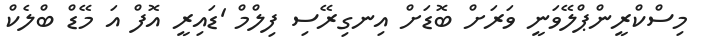
މިސްކްރީންޕްލޭވަނީ ވަރަށް ބޮޑަށް އިނގިރޭސި ފިލްމް 'ޑައިރީ އޮފް އަ މޭޑް ބްލެކް